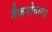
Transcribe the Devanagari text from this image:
मैकगोवाना